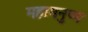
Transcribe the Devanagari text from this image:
महामनुष्य